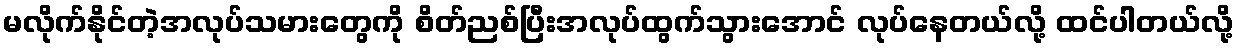
မလိုက်နိုင်တဲ့အလုပ်သမားတွေကို စိတ်ညစ်ပြီးအလုပ်ထွက်သွားအောင် လုပ်နေတယ်လို့ ထင်ပါတယ်လို့